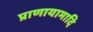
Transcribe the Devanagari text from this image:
प्राणायामादि